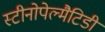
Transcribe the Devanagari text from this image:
स्टीनोपेल्मैटिडी